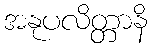
အနုပလိတ္တာနိ